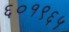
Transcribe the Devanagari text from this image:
६०१९६५